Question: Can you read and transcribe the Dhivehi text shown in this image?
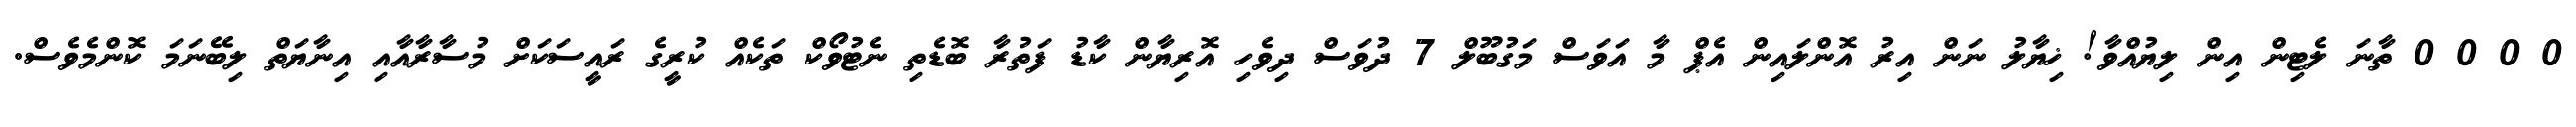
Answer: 0 0 0 0 ތާނަ ލެޓިން އިން ލިޔުއްވާ! ޚިޔާލު ނަން އިރު އޮންލައިން އެޕް މާ އަވަސް މަގުބޫލް 7 ދުވަސް ދިވެހި އޮރިޔާން ކާޑު ފަތުރާ ބޮޑެތި ނެޓުވޯކް ތަކެއް ކުރީގެ ރައީސަކަށް މުސާރާއާއި އިނާޔަތް ލިބޭނަމަ ކޮންމެވެސް.